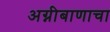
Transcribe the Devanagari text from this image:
अग्नीबाणाचा